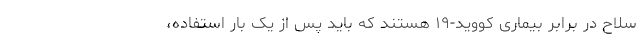
سلاح در برابر بیماری کووید-۱۹ هستند که باید پس از یک بار استفاده،